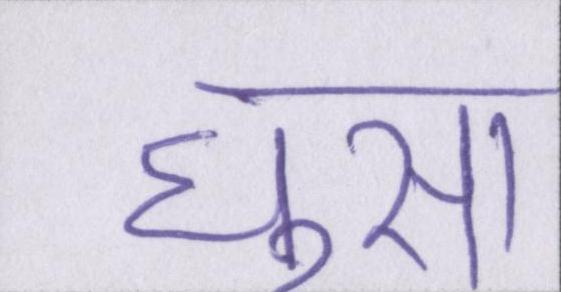
घुसा